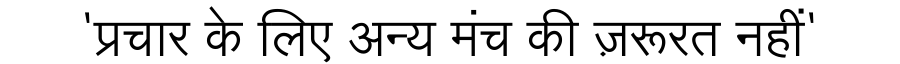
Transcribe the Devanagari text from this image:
'प्रचार के लिए अन्य मंच की ज़रूरत नहीं'